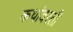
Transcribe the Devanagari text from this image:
कथांवरती